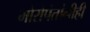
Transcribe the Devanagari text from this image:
मोरोपंतांनीही